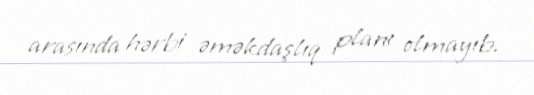
arasında hərbi əməkdaşlıq planı olmayıb.